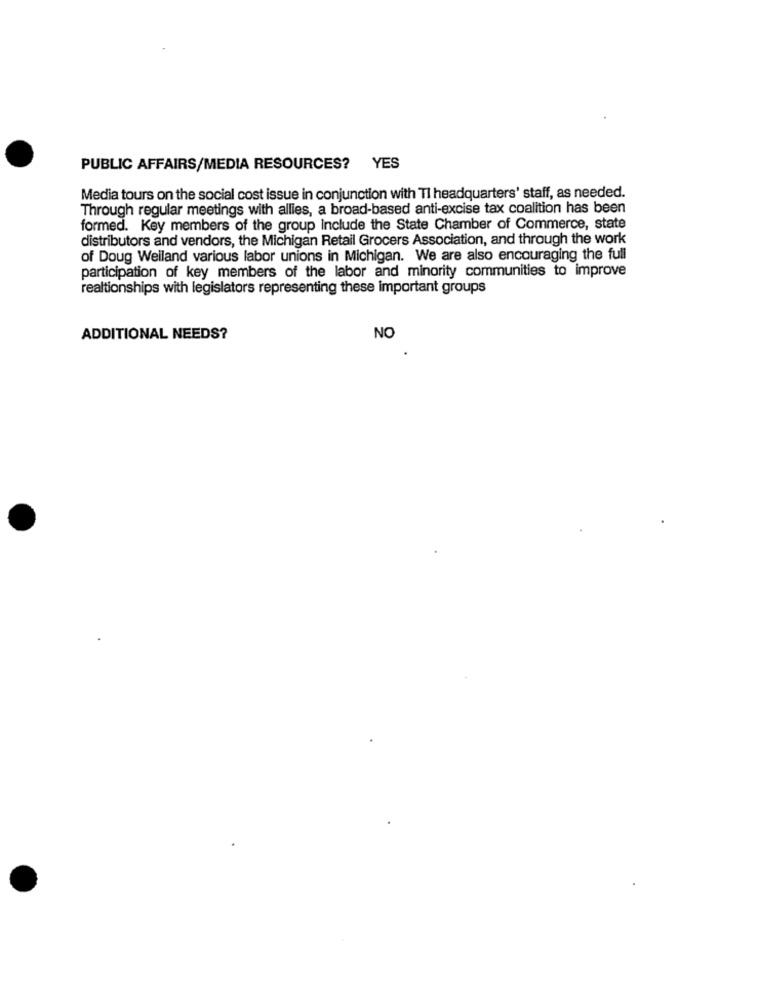
PUBLIC AFFAIRS/MEDIA RESOURCES? YES
Media tours on the social cost issue in conjunction with TI headquarters' staff, as needed.
Through regular meetings with allies, a broad-based anti-excise tax coalition has been
formed. Key members of the group Include the State Chamber of Commerce, state
distributors and vendors, the Michigan Retail Grocers Association, and through the work
of Doug Weiland various labor unions in Michigan. We are also encouraging the full
participation of key members of the labor and minority communities to improve
realtionships with legislators representing these important groups
ADDITIONAL NEEDS?
NO